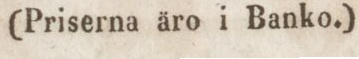
(Priserna äro i Banko.)